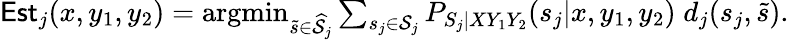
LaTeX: \begin{array}{r}{\mathsf{Est}_{j}(x,y_{1},y_{2})=\mathop{\textnormal{argmin}}_{\tilde{s}\in\widehat{\mathcal{S}}_{j}}\sum_{s_{j}\in\mathcal{S}_{j}}P_{S_{j}|XY_{1}Y_{2}}(s_{j}|x,y_{1},y_{2})\; d_{j}(s_{j},\tilde{s}).}\end{array}